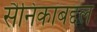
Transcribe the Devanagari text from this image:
सैनिकांबद्दल